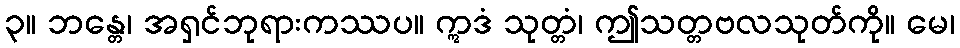
၃။ ဘန္တေ၊ အရှင်ဘုရားကဿပ။ ဣဒံ သုတ္တံ၊ ဤသတ္တဗလသုတ်ကို။ မေ၊